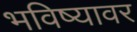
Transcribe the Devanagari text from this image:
भविष्यावर